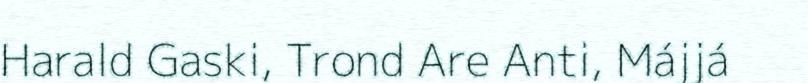
Harald Gaski, Trond Are Anti, Májjá